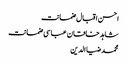
احسن اقبال ضمانت
شاہد خاقان عباسی ضمانت
محمد ضیا الدین